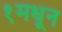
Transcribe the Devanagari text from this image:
१मधून